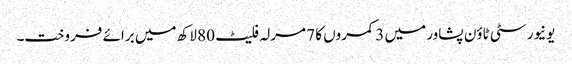
یونیورسٹی ٹاؤن پشاور میں 3 کمروں کا 7 مرلہ فلیٹ 80 لاکھ میں برائے فروخت۔